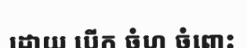
ដោយ បើក ចំហ ចំពោះ